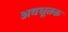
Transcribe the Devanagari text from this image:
अवधूतक